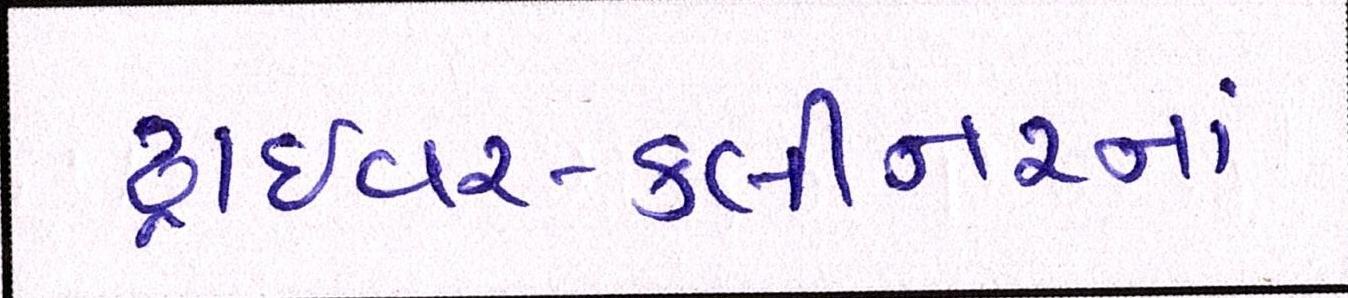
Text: ડ્રાઈવર-ક્લીનરનાં